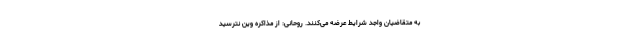
به متقاضیان واجد شرایط عرضه می‌کنند. روحانی: از مذاکره وین نترسید